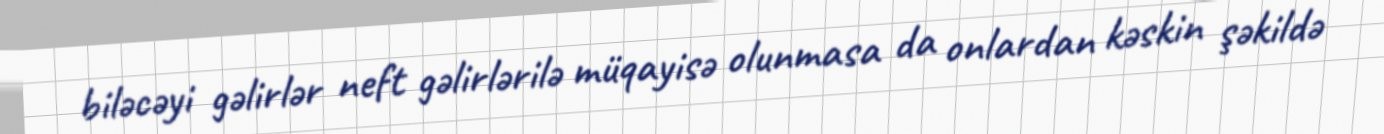
biləcəyi gəlirlər neft gəlirlərilə müqayisə olunmasa da onlardan kəskin şəkildə